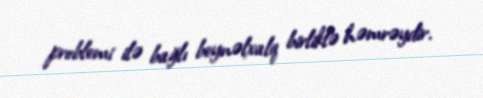
problemi ilə bağlı beynəlxalq birliklə həmrəydir.